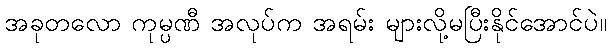
အခုတလော ကုမ္ပဏီ အလုပ်က အရမ်း များလို့မပြီးနိုင်အောင်ပဲ။